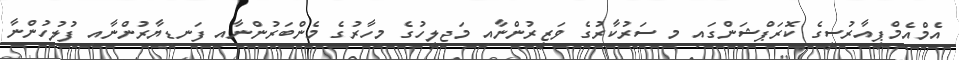
އެމްއެމްޕީއާރުސީގެ ކޮރަޕްޝަންގައި މި ސަރުކާރުގެ ވަޒީރުންނާއި މަޖިލީހުގެ މިހާރުގެ މެންބަރުންނާއި ފަނޑިޔާރުންނާއި ފުލުހުންނާ